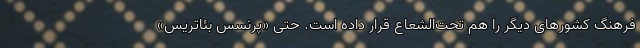
فرهنگ کشورهای دیگر را هم تحت‌الشعاع قرار داده است. حتی «پرنسس بئاتریس»